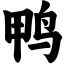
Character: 鸭